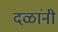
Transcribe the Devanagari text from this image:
दळांनी